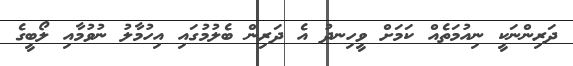
ދަރިންނަކީ ނިއުމަތެއް ކަމަށް ވީހިނދު އެ ދަރިން ބެލުމުގައި އިހުމާލު ނުވުމާއި ލޯބީގެ